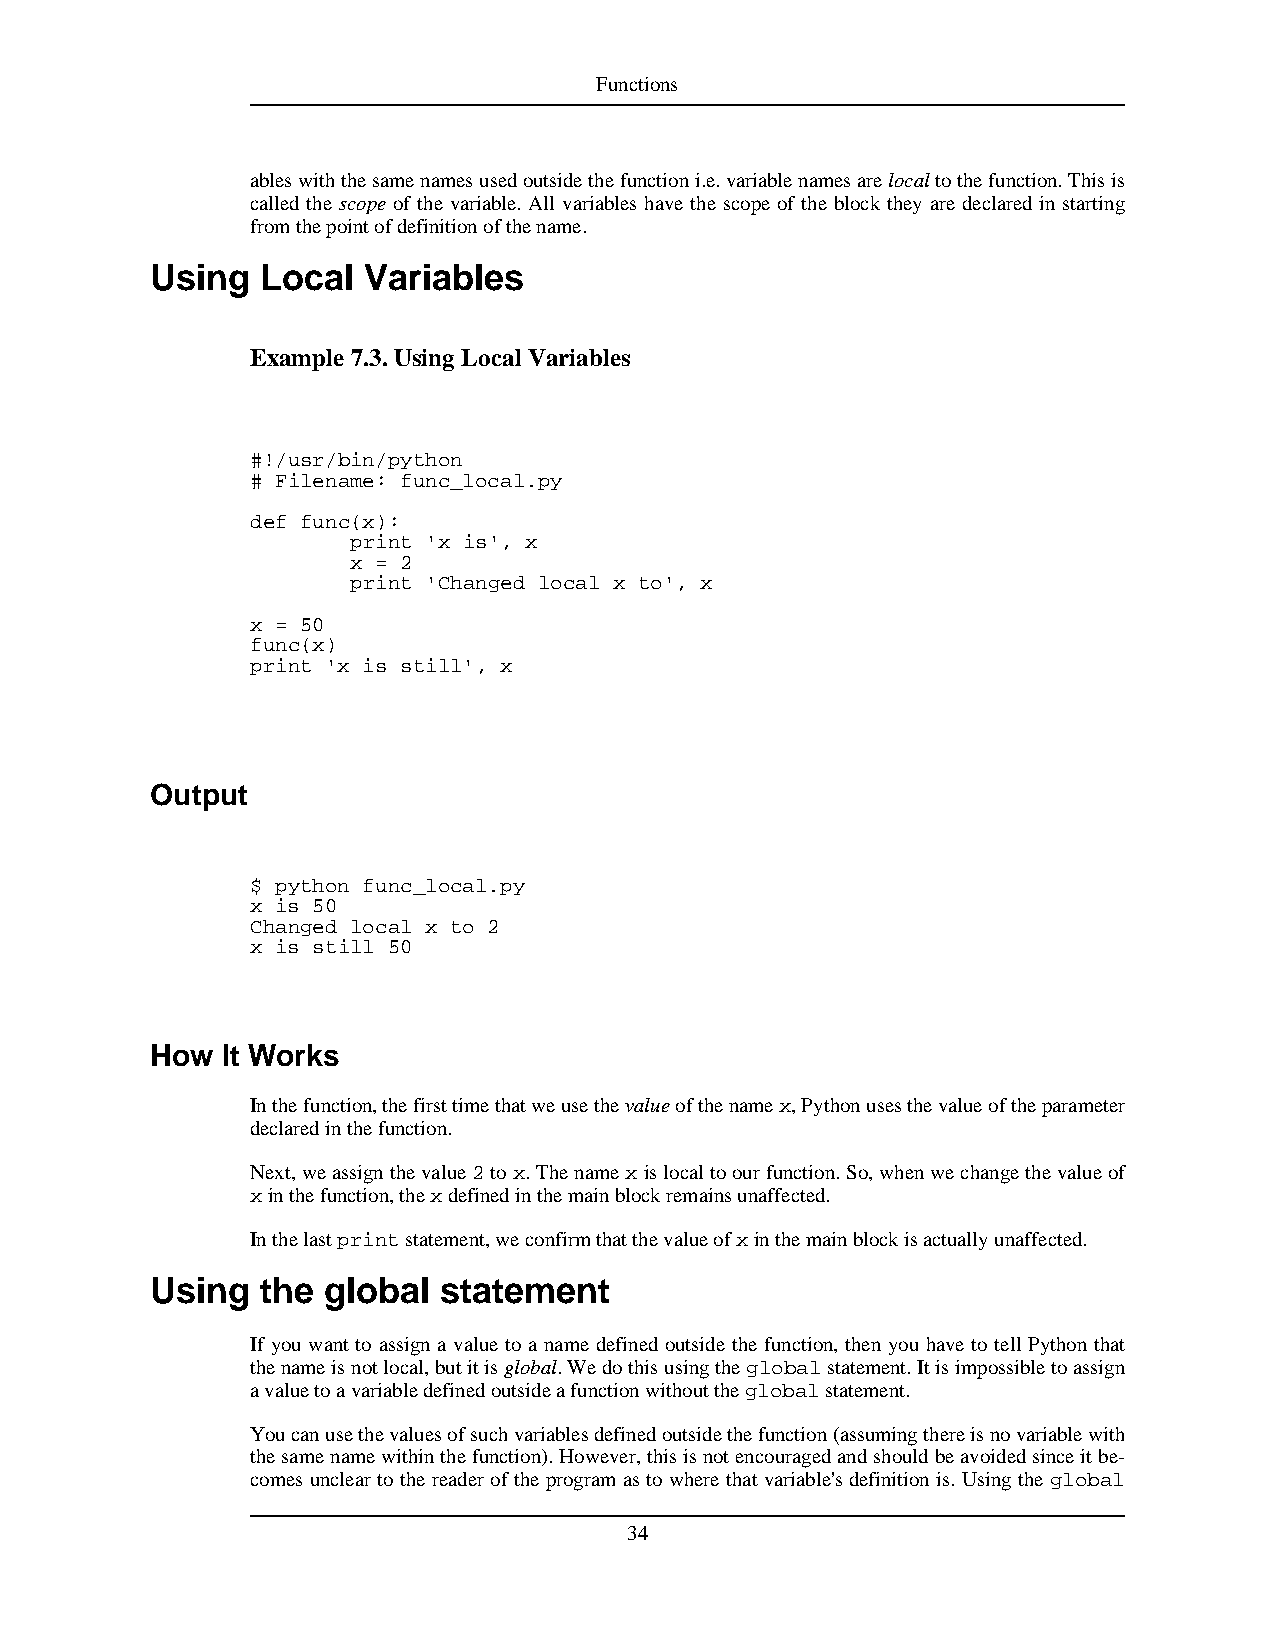
Functions
 ableswiththesamenamesusedoutsidethefunctioni.e.variablenamesarelocaltothefunction.Thisis
 called the scope of the variable. All variables have the scope of the block they are declared in starting
 fromthepointofdefinitionofthename.
 Using  Local  Variables
 Example 7.3.UsingLocalVariables
 #!/usr/bin/python
 # Filename: func_local.py
 def func(x):
 print 'x is', x
 x = 2
 print 'Changed local x to', x
 x = 50
 func(x)
 print 'x is still', x
 Output
 $ python func_local.py
 x is 50
 Changed local x to 2
 x is still 50
 How  It Works
 Inthefunction,thefirsttimethatweusethevalueofthenamex,Pythonusesthevalueoftheparameter
 declaredinthefunction.
 Next,weassignthevalue2tox.Thenamexislocaltoourfunction.So,whenwechangethevalueof
 xinthefunction,thexdefinedinthemainblockremainsunaffected.
 Inthelastprintstatement,weconfirmthatthevalueofxinthemainblockisactuallyunaffected.
 Using  the global  statement
 If you want to assign a value to a name defined outside the function, then you have to tell Python that
 thenameisnotlocal,butitisglobal.Wedothisusingtheglobalstatement.Itisimpossibletoassign
 avaluetoavariabledefinedoutsideafunctionwithouttheglobalstatement.
 Youcanusethevaluesofsuchvariablesdefinedoutsidethefunction(assumingthereisnovariablewith
 thesamenamewithinthefunction).However,thisisnotencouragedandshouldbeavoidedsinceitbe-
 comes unclear to the reader of the program as to where that variable's definition is. Using the global
 34